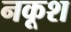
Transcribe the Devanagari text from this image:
नकूश